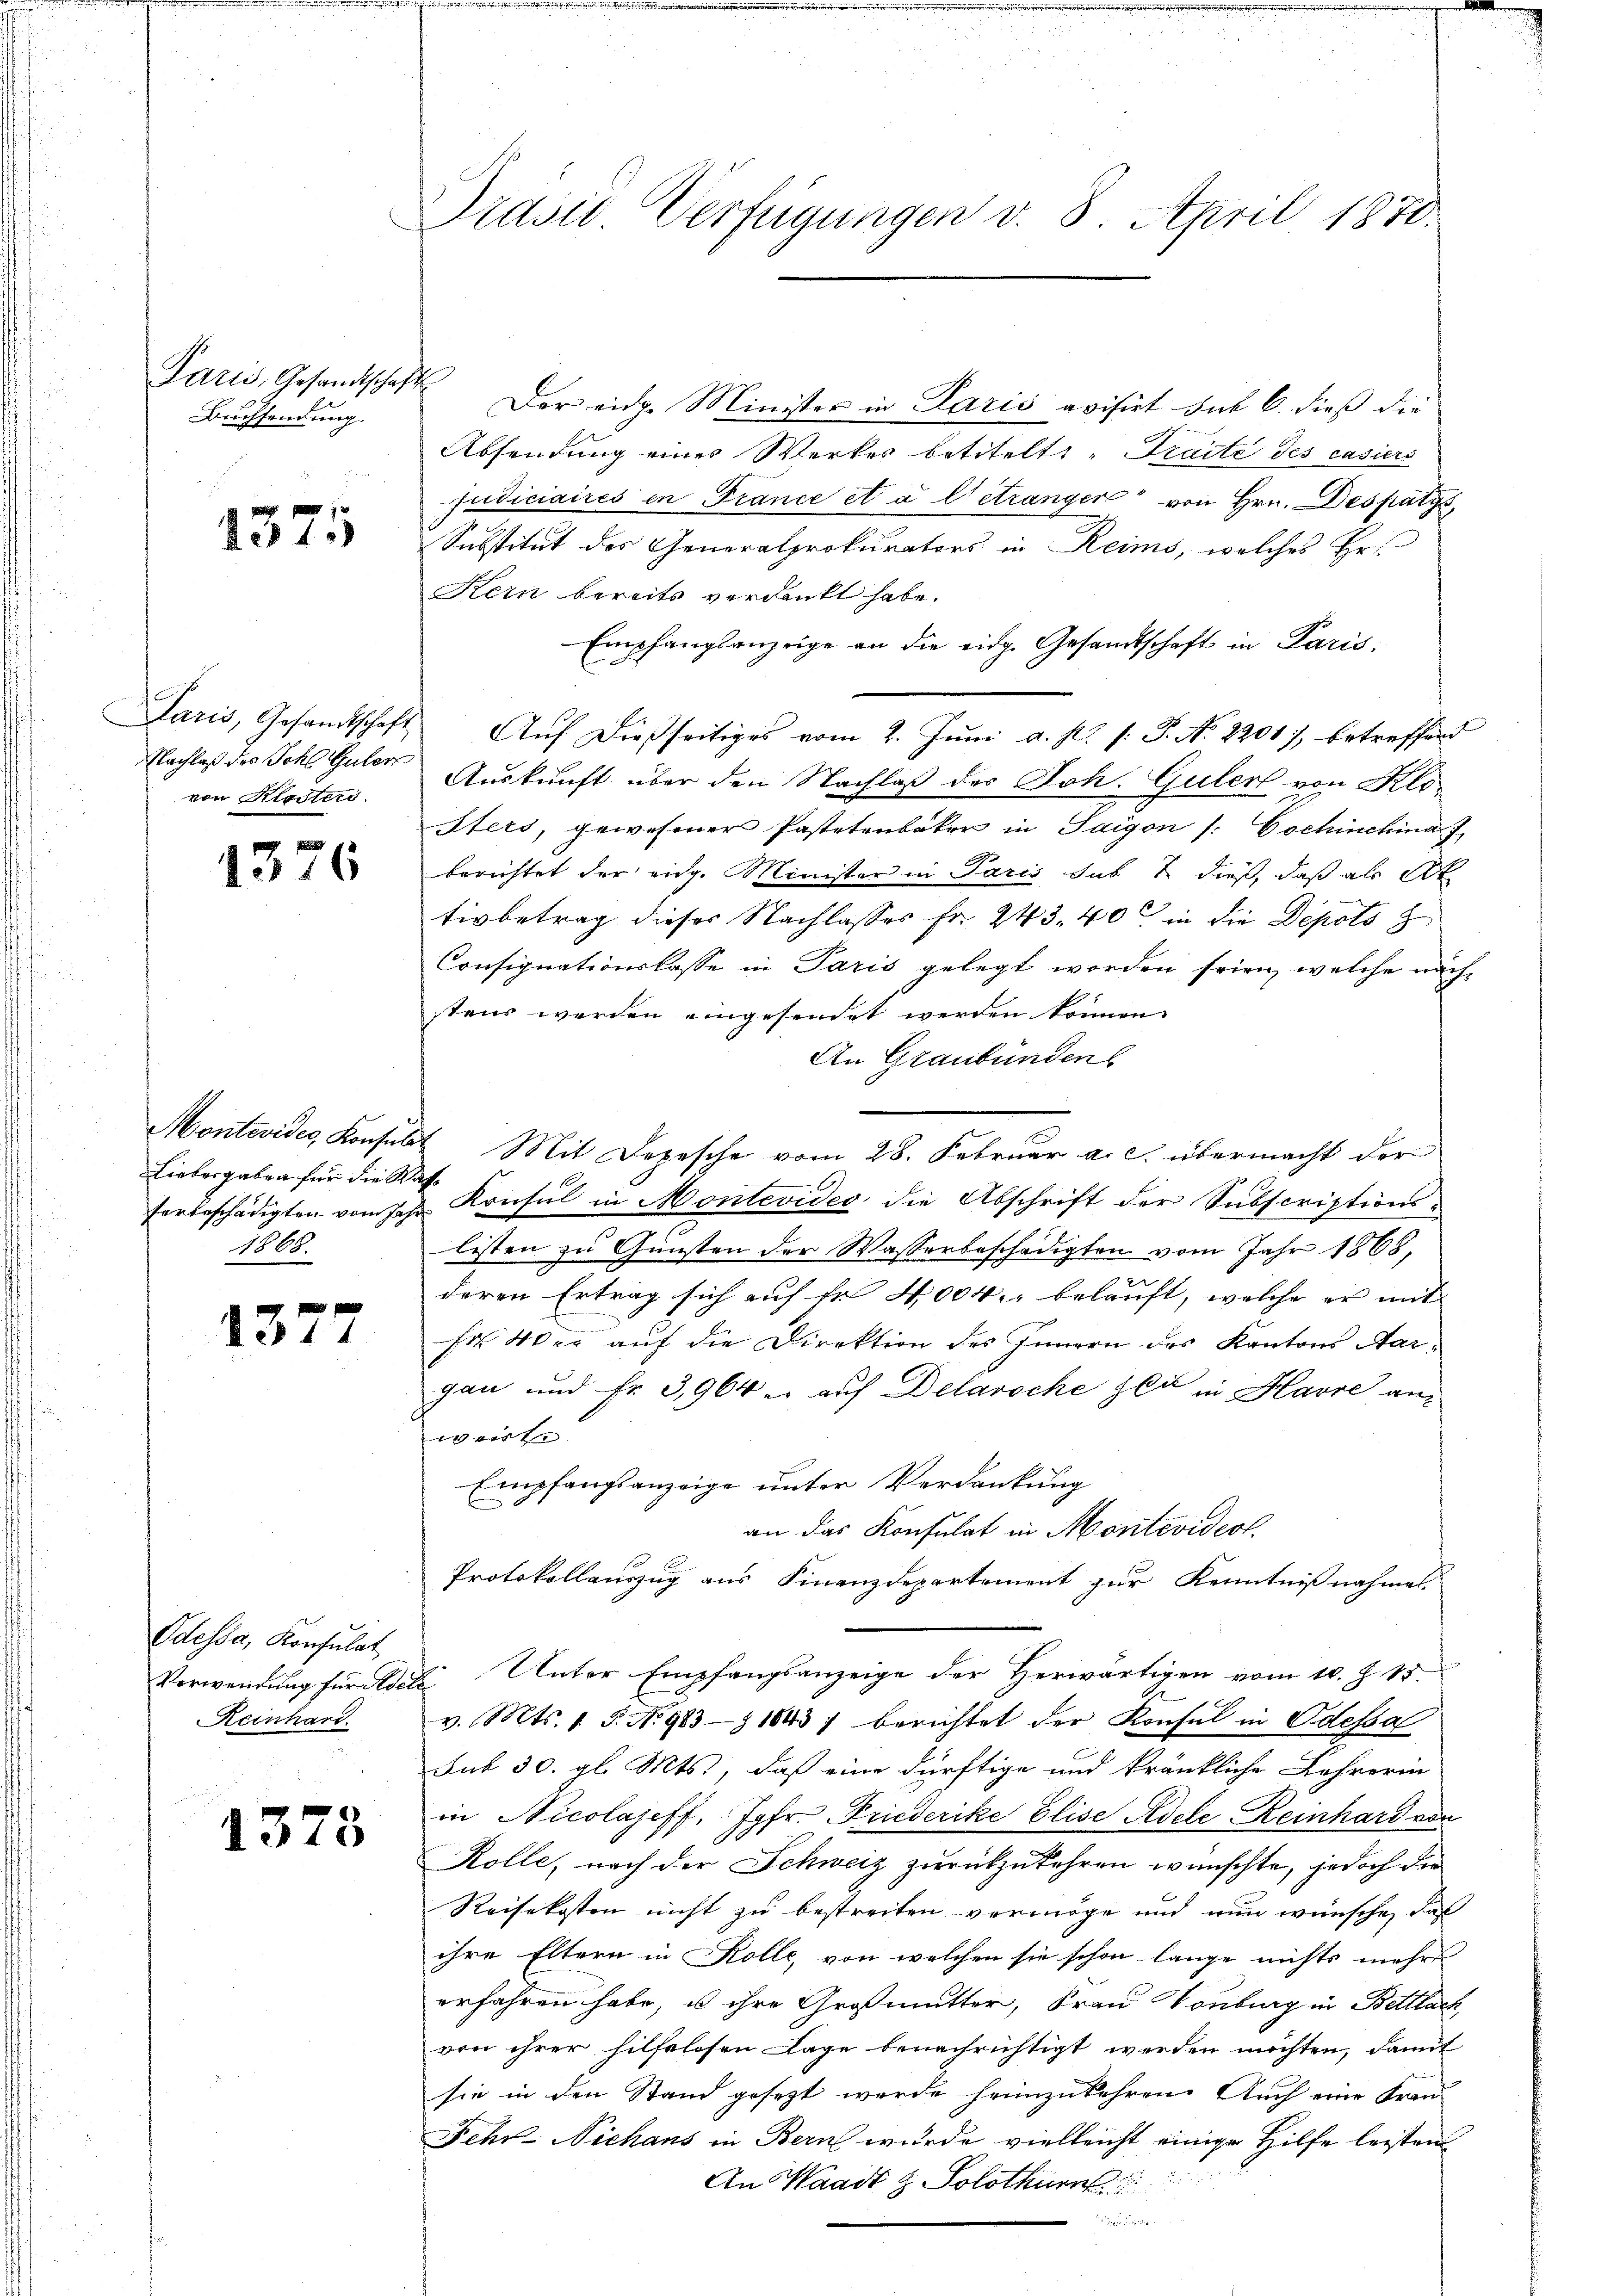
Paris, Gesandtschaft
Buchsendung.

1371

Nachlaß des Schl. Güter
von Klosters.

.
1316

Liebesgaben für die Was-
1868.

1377

Odessa, Konsulat,
Heinhard.

1373

Präsid. Verfügungen v. 8. April 1870.

Der eige Minister in Paris avisirt sub 6. dieß die
Absendung einer Werkes betitelt: „Traite des casiers
Judiciaires in France et a Getränger von Hrn. Despatys,
Substitut der Generalprokurators in Reims, welches Ers
Kein bereits verdankt habe.
Empfangsanzeige an die eidg. Gesandtschaft in Paris,
Paris, Gesamtschaft Aŭf dießseitiges vom 2. Jŭni a. p. 1. P. Nr. 2201), betreffend
Auskunft über den Nachlaß der Joh. Guler von Klo-
Sters, gewesener Pastetenbaker in Saigon /: Cochineina f
berichtet der eidg. Minister in Paris sub 1 dieß, daß als St
.
tivbetrag dieser Nachlasses Fr. 243. 40 in die Depots z
Consignationslasse in Paris gelegt worden seien, welche nächstens werden eingesendet werden können.
An Graubünden
Montevider Konsuls Mit Depesche vom 28. Februar a. c. übermacht der
forbeschädigten vom Jahr Konsul in Montevideo die Abschrift der Subscriptions-
listen zu Gunsten der Wasserbeschädigten vom Jahr 1868,
deren Ertrag sich auf fr 4004. belauft, welche er mit |
fr 4 der auf die Direktion des Innern des Kantons Aargau und Fr. 3,964 u. auf Delaroche Zeit in Havre anweirte
Empfangsanzeige unter Verdankung
an das Konsulat in Montevideol.
Protokollauszug aus Finanzdepartement zur Kenntnißnahmes
Verwendung für die Unter Empfangsanzeige der Herwärtigen vom 10. Z. 15.
v. Mts. 1 S. No 983-1843) berichtet der Konsul in Odessa
sub 30. gl. Mts., daß eine dürftige und kränkliche Lehrerin
in Nicolajeff, Jgfr. Friederike Elise Adele Reinhard von
Rolle, nach der Schweiz zurückzukehren wünschte, jedoch der
Reisekosten nicht zu bestreiten vermöge und nun wünsche, daß
ihre Eltern in Kolle, von welchen sie schon lange nichts mehr
erfahren habe, u ihre Großmutter, Frau Vonburg in Bettlach,
von ihrer hilfelosen Lage benachrichtigt werden möchten, damit
sie in den Stand gesezt werde heimzukehren. Auch eine Fran-
Fehr-Niehans in Bern wurde vielleicht einige Hilfe leisten
An Waadt z. Solothurn